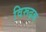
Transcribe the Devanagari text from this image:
विरूढ़क